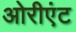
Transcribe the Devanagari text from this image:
ओरीएंट